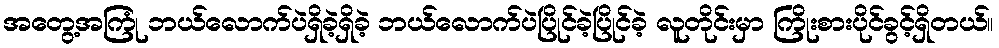
အတွေ့အကြုံ ဘယ်လောက်ပဲရှိခဲ့ရှိခဲ့ ဘယ်လောက်ပဲပြိုင်ခဲ့ပြိုင်ခဲ့ လူတိုင်းမှာ ကြိုးစားပိုင်ခွင့်ရှိတယ်။